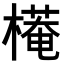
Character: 𣚖